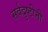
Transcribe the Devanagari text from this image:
सर्वदृष्टीनी